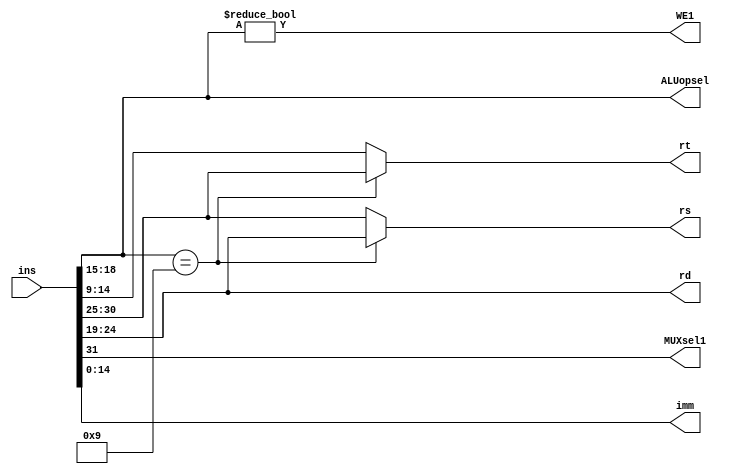
`timescale 1ns / 1ps
//////////////////////////////////////////////////////////////////////////////////
// Company: 
// Engineer: 
// 
// Design Name: 
// Module Name: instruction
// Project Name: 
// Target Devices: 
// Tool Versions: 
// Description: 
// 
// Dependencies: 
// 
// Revision:
// Revision 0.01 - File Created
// Additional Comments:
// 
//////////////////////////////////////////////////////////////////////////////////


module Controller(
    input [31:0] ins,
    output [3:0] ALUopsel,
    output MUXsel1,
    output [5:0] rs,
    output [5:0] rt,
    output [5:0] rd,
    output [14:0] imm,
    output WE1
    );
    reg [0:5] RA1,RA2;
    assign MUXsel1 = ins[31];
    assign rs = RA1;
    assign rd = ins[24:19];
    assign ALUopsel = ins[18:15];
    assign rt = RA2;
    assign imm = ins[14:0];
    assign WE1 = (ALUopsel!=0);
    
    always@(*) begin
        if(ALUopsel == 4'b1001) begin RA1 = ins[24:19]; RA2 = ins[30:25]; end
        else  begin RA1 = ins[30:25]; RA2 = ins[14:9]; end
    end
endmodule